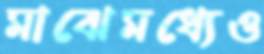
মাঝেমধ্যেও